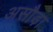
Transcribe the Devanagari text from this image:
असौड़ा